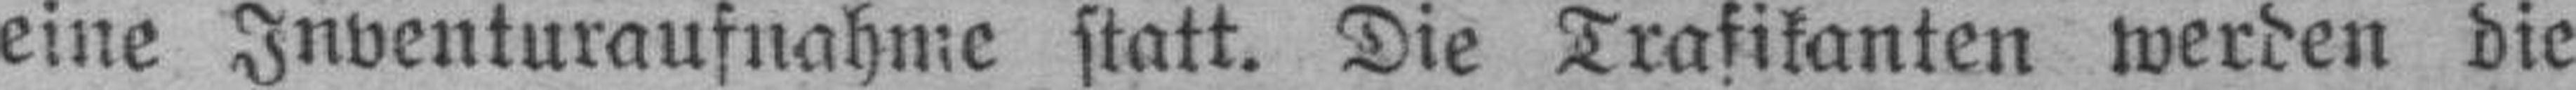
eine Inventuraufnahme statt. Die Trafikanten werden die